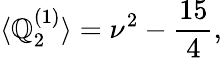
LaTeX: \langle\mathbb{Q}_{2}^{(1)}\rangle=\nu^{2}-\frac{{15}}{{4}},